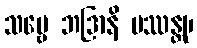
သဗ္ဗေ ဘဒြာနိ ပဿန္တု၊